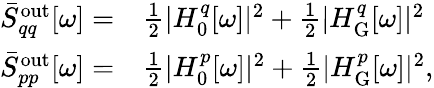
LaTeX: \begin{array}{rl}{\bar{S}_{qq}^{\mathrm{out}}[\omega]=}&{\frac{1}{2}|H_{0}^{q}[\omega]|^{2}+\frac{1}{2}|H_{\mathrm{G}}^{q}[\omega]|^{2}}\\ {\bar{S}_{pp}^{\mathrm{out}}[\omega]=}&{\frac{1}{2}|H_{0}^{p}[\omega]|^{2}+\frac{1}{2}|H_{\mathrm{G}}^{p}[\omega]|^{2},}\end{array}